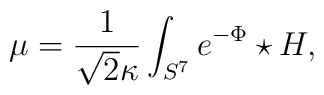
\mu = \frac{1}{\sqrt{2}\kappa}\int_{S^7}e^{-\Phi}\star H ,